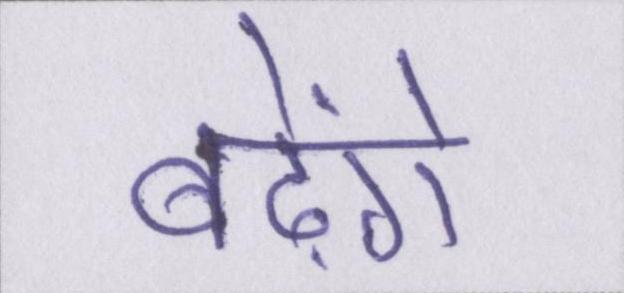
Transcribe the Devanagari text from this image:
बढ़ेंगे